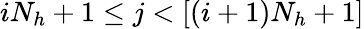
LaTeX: iN_{h}+1\le j<[(i+1)N_{h}+1]